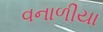
વનાળીયા